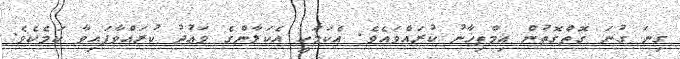
ގިނަ ގުނަ ގޮތްގޮތުން އިމްތިޚާނު ކުރައްވައެވެ. އެކަމަކީ އެކަލާންގެ ވަޢުދު ކުރައްވާފައިވާ ކަމެކެވެ.